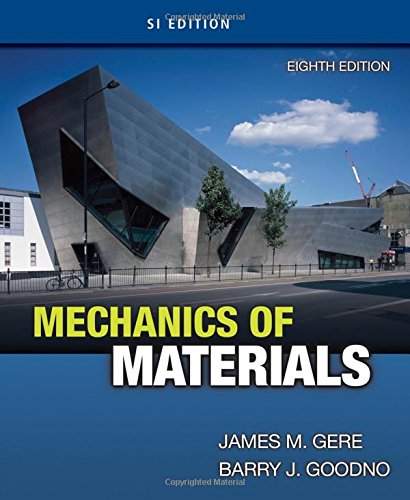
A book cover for Mechanics of Materials, SI Edition; James M. Gere; Science & Math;